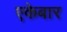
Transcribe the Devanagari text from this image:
एकेबार